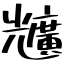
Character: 兤